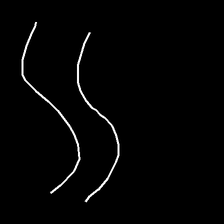
Glyph: float